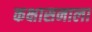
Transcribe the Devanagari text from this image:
कक्षासनाला